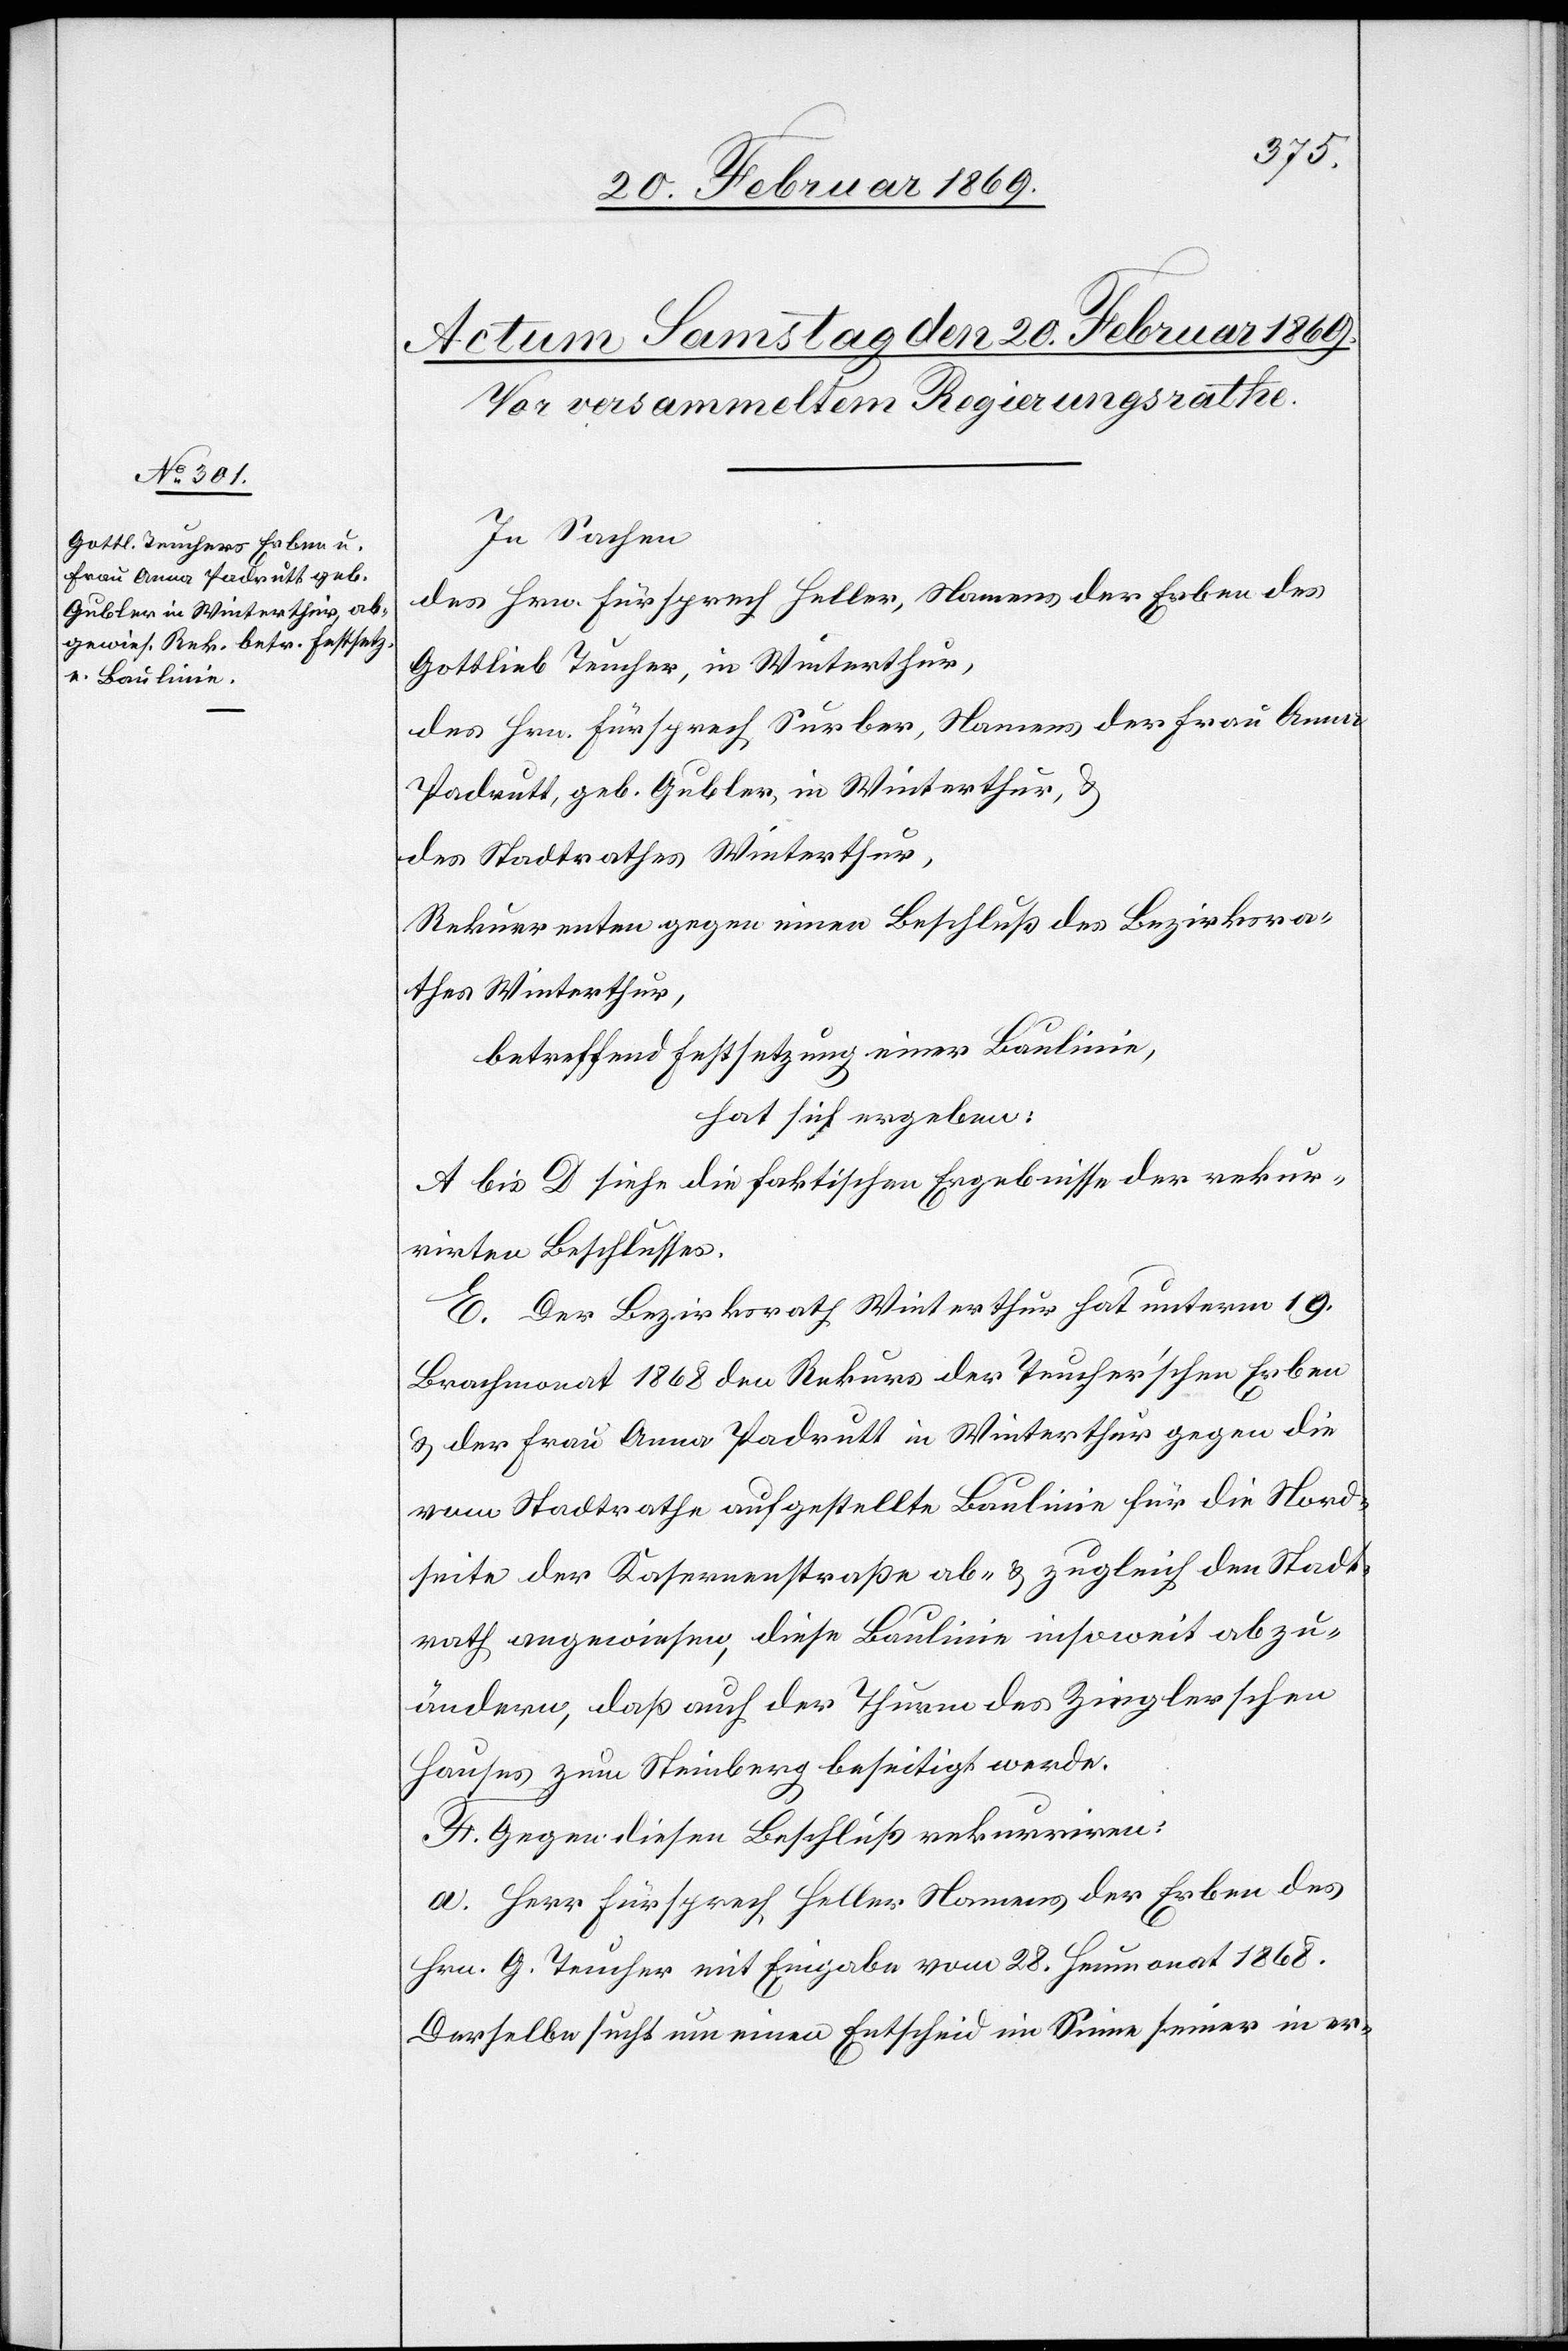
In Sachen
des Hrn. Fürsprech Heller, Namens der Erben des
Gottlieb Teucher, in Winterthur,
des Hrn. Fürsprech Surber, Namens der Frau Anna
Padrutt, geb. Gubler in Winterthur, &
des Stadtrathes Winterthur,
Rekurrenten gegen einen Beschluß des Bezirksra¬
thes Winterthur,
betreffend Festsetzung einer Baulinie,
hat sich ergeben:
A bis D siehe die faktischen Ergebnisse des rekur¬
rirten Beschlusses.
E. Der Bezirksrath Winterthur hat unterm 19.
Brachmonat 1868 den Rekurs der Teucher’schen Erben
& der Frau Anna Padrutt in Winterthur gegen die
vom Stadtrathe aufgestellte Baulinie für die Nord¬
seite der Kasernenstraße ab- & zugleich den Stadt¬
rath angewiesen, diese Baulinie insoweit abzu¬
ändern, daß auch der Thurm des Zieglerschen
Hauses zum Steinberg beseitigt werde.
F. Gegen diesen Beschluß rekurriren:
A. Herr Fürsprech Heller Namens der Erben des
Hrn. G. Teucher mit Eingabe vom 28. Heumonat 1868.
Derselbe sucht um einen Entscheid im Sinne seiner in er-